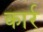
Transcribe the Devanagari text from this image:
कार्र